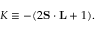
{ \cal K } \equiv - ( 2 { \bf S } \cdot { \bf L } + 1 ) .